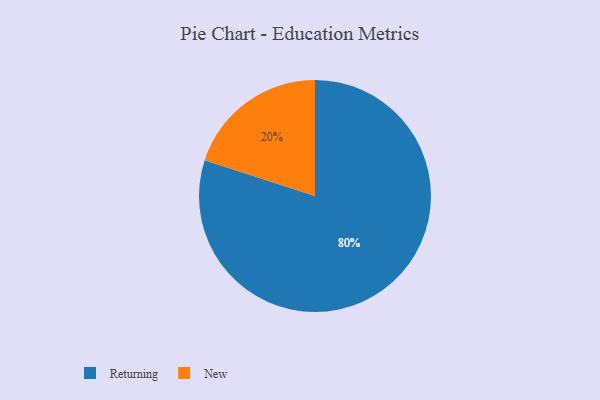
{"axis": {"x": "Category", "y": "Percentage"}, "legend": ["New", "Returning"], "data": [{"x": "New", "y": 20, "type": "New"}, {"x": "Returning", "y": 80, "type": "Returning"}]}